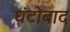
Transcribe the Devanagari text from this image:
घंटोबाद